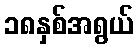
၁၈နှစ်အရွယ်